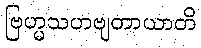
ဗြဟ္မသဟဗျတာယာတိ